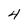
Character: 4